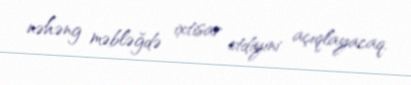
nəhəng məbləğdə ixtisar etdiyini açıqlayacaq.